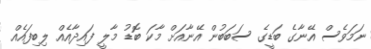
ނަމަވެސް އޭނާގެ ބަޑީގެ ސަބަބުން އޭނާއަށް މާކަ ބޮޑު މާލީ ފައިދާއެއް ލިބިފައެއް